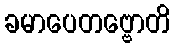
ခမာပေတဗ္ဗောတိ